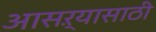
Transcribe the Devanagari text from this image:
आसऱ्यासाठी